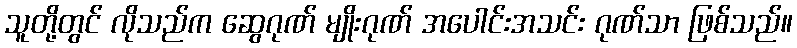
သူတို့တွင် လိုသည်က ဆွေဂုဏ် မျိုးဂုဏ် အပေါင်းအသင်း ဂုဏ်သာ ဖြစ်သည်။